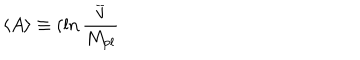
LaTeX: \left\langle A \right\rangle \equiv ( \ln \frac { \overline { { { v } } } } { M _ { p l } }